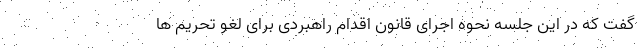
گفت که در این جلسه نحوه اجرای قانون اقدام راهبردی برای لغو تحریم ها